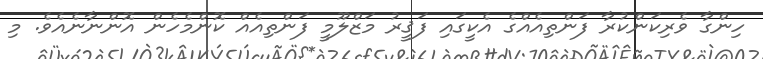
ހިންގާ ވެރިކަންކުރާ ފަންތިއެއްގެ އެކީގައި ފަޤީރު މަޒްލޫމީ ފަންތިއެއް ކޮންމެހެން އޮންނާނެއެވެ. މި